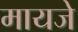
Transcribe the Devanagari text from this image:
मायजे